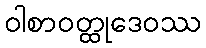
ဝါစာဝတ္ထုဒေဝဿ